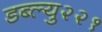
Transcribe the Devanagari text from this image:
डब्ल्यु२२१